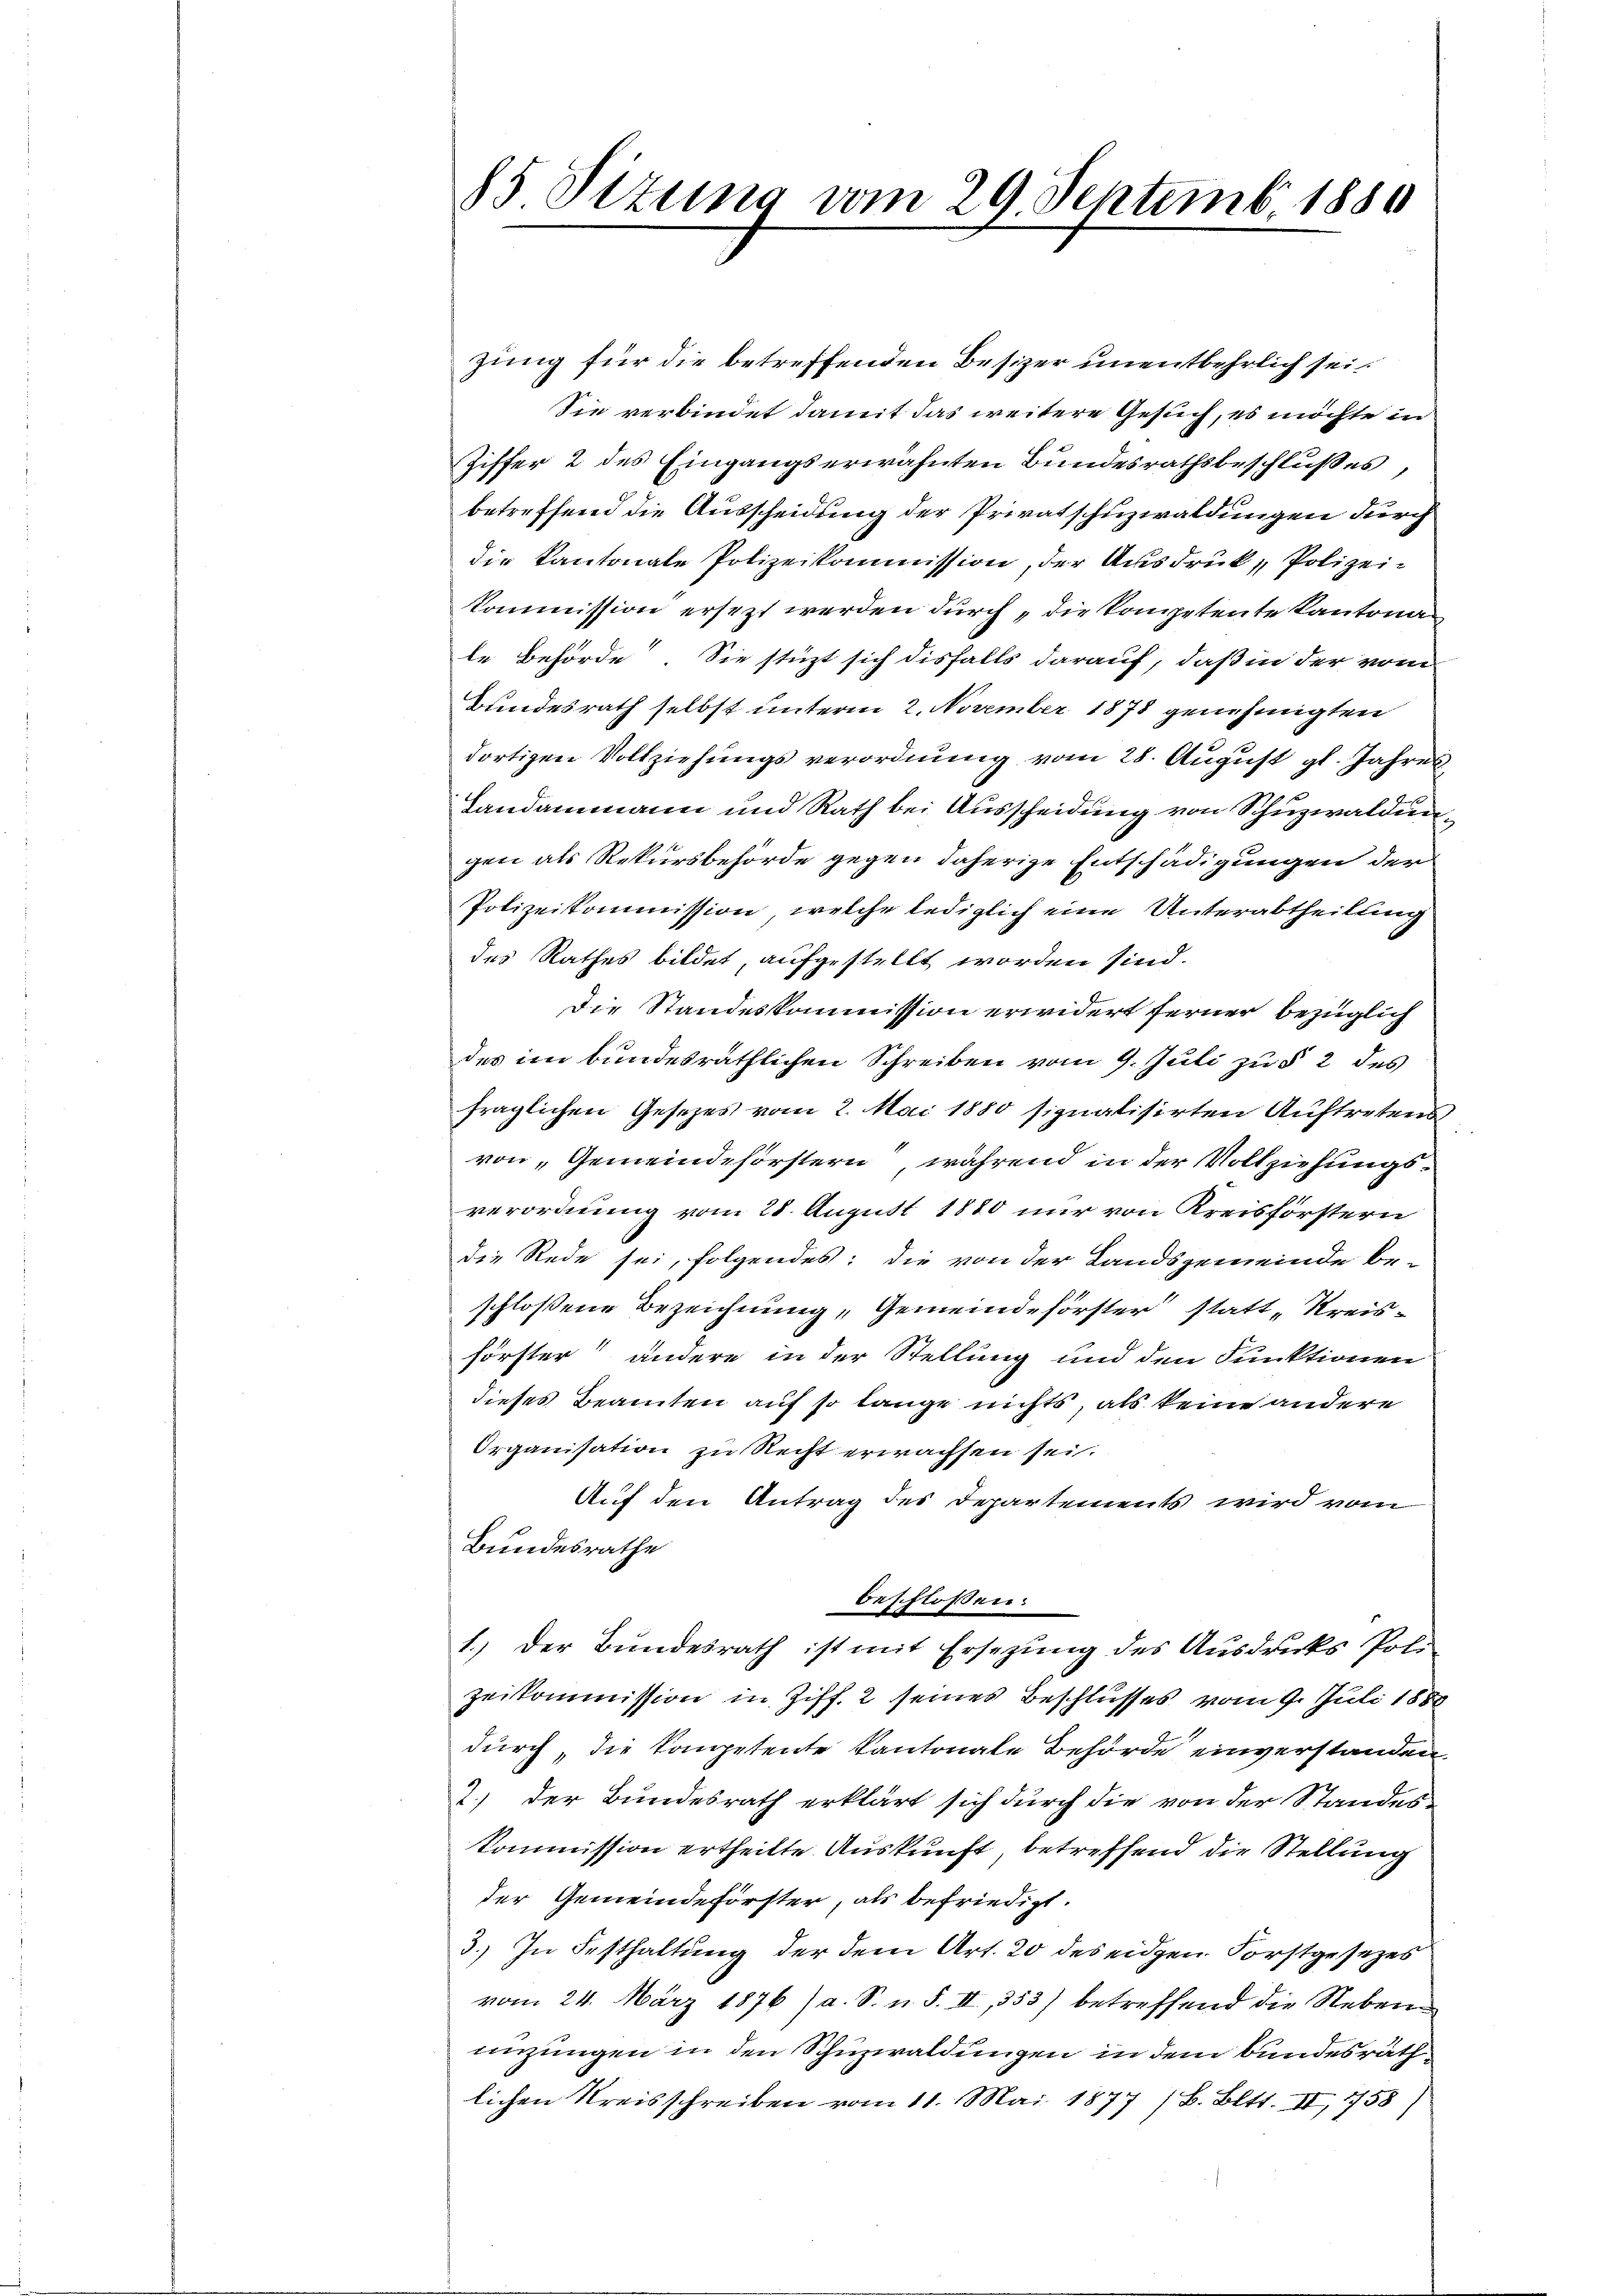
85 Sizung vom 29. Septemb. 1880

zung für die betreffenden Besizer unentbehrlich sei.
Sie verbindet damit das weitere Gesuch, es möchte in
Ziffer 2 des Eingangserwähnten Bundesrathsbeschlußes,
betreffend die Ausscheidung der Privatschuzwaldungen durch
die Kantonale Polizeikommission, der Ausdruck, Polizei¬
Kommission ersezt werden durch „die kompetente Kantona
le Behörde. Sie stüzt sich disfalls darauf, daß in der vom
Bundesrath selbst unterm 2. November 1878 genehmigten
dortigen Vollziehungsverordnung vom 28. August gl. Jahres
Landammann und Rath bei Ausscheidung von Schuzwaldungen als Rekursbehörde gegen daherige Entschädigungen der
Polizeikommission, welche lediglich eine Unterabtheilung
des Rathes bildet, aufgestellt worden sind.
Die Standeskommission erwidert ferner bezüglich
des im bundesräthlichen Schreiben vom 9. Juli zu § 2 des
fraglichen Gesetzes vom 2. Mai 1880 signalisirten Auftretensvon „Gemeindeförstern während in der Vollziehungs-
verordnung vom 28. August 1880 nur von Kreisförstern
die Rede sei, folgendes: die von der Landsgemeinde be-
schlossene Bezeichnung „Gemeindeförster statt „Kreisförster andere in der Stellung und den Funktionen
dieses Beamten auf so lange nichts, als keine andere
Organisation zu Recht erwachsen sei.
Auf den Antrag des Departements wird vom
Bundesrathe
beschloßen:
1.) Der Bundesrath ist mit Ersezung des Ausdrucks Poli
zeikommission in Ziff. 2 seines Beschlusses vom 9. Juli 1888
durch, die Kompetente Kantonale Behörde einverstanden.
2.) Der Bundesrath erklärt sich durch die von der Standes¬
Kommission ertheilte Auskunft, betreffend die Stellung
der Gemeindeförster, als befriedigt.
3.) In Festhaltung der dem Art. 20 des eidgen. Forstgesezes
vom 24. März 1876 (a. S. u. S. II, 353) betreffend die Neben
enzungen in den Schuzwaldungen in dem Bundesräth
lichen Kreisschreiben vom 11. Mai 1877 / B. Bett. IV, 1758)